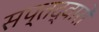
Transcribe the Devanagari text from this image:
सप्तद्वारों